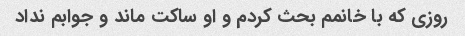
روزی که با خانمم بحث کردم و او ساکت ماند و جوابم نداد